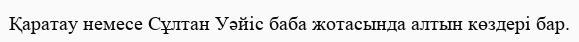
Қаратау немесе Сұлтан Уәйіс баба жотасында алтын көздері бар.